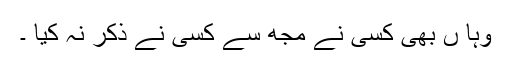
وہا ں بھی کسی نے مجھ سے کسی نے ذکر نہ کیا ۔